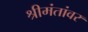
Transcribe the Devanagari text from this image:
श्रीमंतांवर